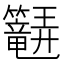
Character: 𬖆